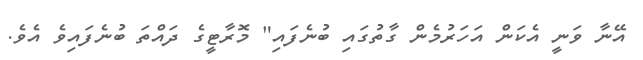
އޭނާ ވަނީ އެކަން އަހަރުމެން ގާތުގައި ބުނެފައި" މޮރާޓީގެ ދައްތަ ބުނެފައިވެ އެވެ.